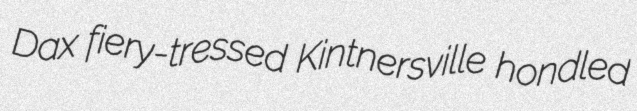
Dax fiery-tressed Kintnersville hondled